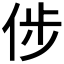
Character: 𠉡